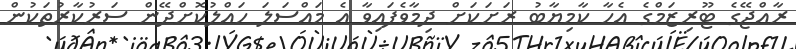
ރާއްޖޭގެ ޓޫރިޒަމްގެ އެހާ ކާމިޔާބު ރަށަކަށް ދިމާވެފައިވާ އެ މައްސަލަ ހައްލުކޮށްދޭން ސަރުކާރުތަކުން